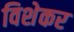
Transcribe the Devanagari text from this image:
विशेकर